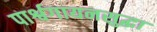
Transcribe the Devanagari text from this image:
पार्श्वगायनसुद्धा